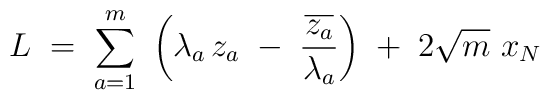
L\;=\;\sum_{a=1}^m \ \left( \lambda_a\,z_a\;-\;  \frac{\overline{z_a}}{\lambda_a}\right) \;+\; 2 \sqrt{m} \ x_N